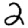
Digit: 2